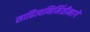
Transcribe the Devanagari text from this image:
साहित्यनिर्मितीमागे